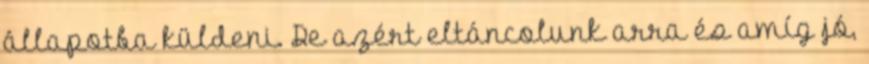
állapotba küldeni. De azért eltáncolunk arra és amíg jó,